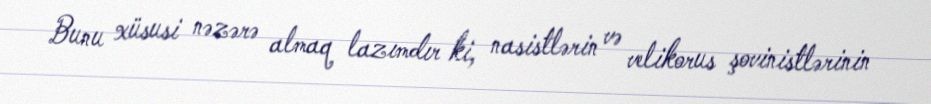
Bunu xüsusi nəzərə almaq lazımdır ki, nasistlərin və velikorus şovinistlərinin